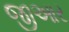
જીઆર